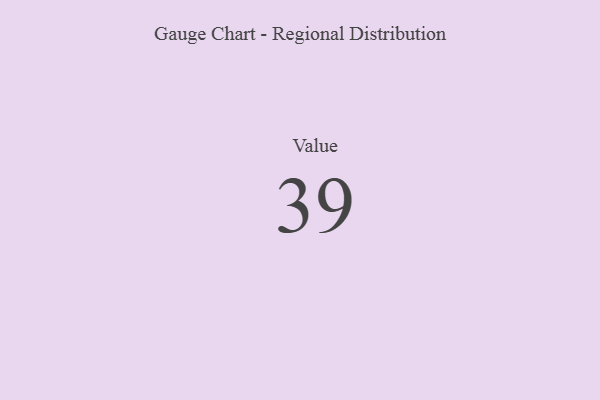
{"axis": {"x": "Metric", "y": "Value"}, "legend": [""], "data": [{"x": "Value", "y": 39, "type": ""}]}